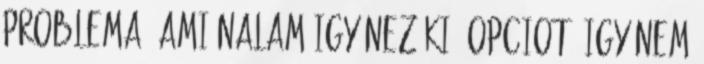
problema, ami nalam igy nez ki: opciot, igy nem